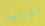
اطراف